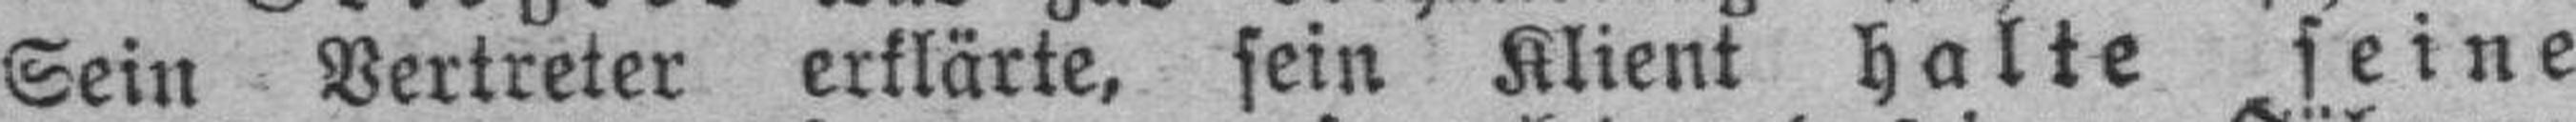
Sein Vertreter erklärte, sein Klient halte seine